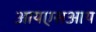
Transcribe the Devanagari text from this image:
आयएसआय